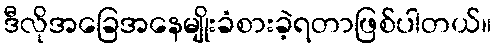
ဒီလိုအခြေအနေမျိုးခံစားခဲ့ရတာဖြစ်ပါတယ်။